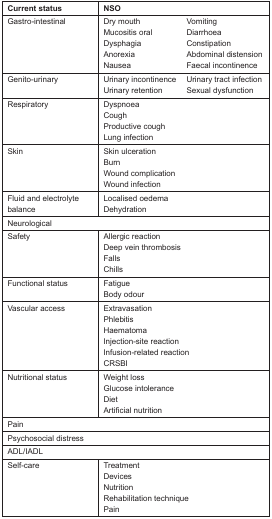
<table><thead><tr><td><b>Current status</b></td><td colspan="2"><b>NSO</b></td></tr></thead><tbody><tr><td rowspan="5">Gastro-intestinal</td><td>Dry mouth</td><td>Vomiting</td></tr><tr><td>Mucositis oral</td><td>Diarrhoea</td></tr><tr><td>Dysphagia</td><td>Constipation</td></tr><tr><td>Anorexia</td><td>Abdominal distension</td></tr><tr><td>Nausea</td><td>Faecal incontinence</td></tr><tr><td rowspan="2">Genito-urinary</td><td>Urinary incontinence</td><td>Urinary tract infection</td></tr><tr><td>Urinary retention</td><td>Sexual dysfunction</td></tr><tr><td rowspan="4">Respiratory</td><td colspan="2">Dyspnoea</td></tr><tr><td colspan="2">Cough</td></tr><tr><td colspan="2">Productive cough</td></tr><tr><td colspan="2">Lung infection</td></tr><tr><td rowspan="4">Skin</td><td colspan="2">Skin ulceration</td></tr><tr><td colspan="2">Burn</td></tr><tr><td colspan="2">Wound complication</td></tr><tr><td colspan="2">Wound infection</td></tr><tr><td>Fluid and electrolyte balance</td><td colspan="2">Localised oedema Dehydration</td></tr><tr><td colspan="3">Neurological</td></tr><tr><td rowspan="4">Safety</td><td colspan="2">Allergic reaction</td></tr><tr><td colspan="2">Deep vein thrombosis</td></tr><tr><td colspan="2">Falls</td></tr><tr><td colspan="2">Chills</td></tr><tr><td rowspan="2">Functional status</td><td colspan="2">Fatigue</td></tr><tr><td colspan="2">Body odour</td></tr><tr><td rowspan="6">Vascular access</td><td colspan="2">Extravasation</td></tr><tr><td colspan="2">Phlebitis</td></tr><tr><td colspan="2">Haematoma</td></tr><tr><td colspan="2">Injection-site reaction</td></tr><tr><td colspan="2">Infusion-related reaction</td></tr><tr><td colspan="2">CRSBI</td></tr><tr><td rowspan="4">Nutritional status</td><td colspan="2">Weight loss</td></tr><tr><td colspan="2">Glucose intolerance</td></tr><tr><td colspan="2">Diet</td></tr><tr><td colspan="2">Artificial nutrition</td></tr><tr><td colspan="3">Pain</td></tr><tr><td colspan="3">Psychosocial distress</td></tr><tr><td colspan="3">ADL/IADL</td></tr><tr><td rowspan="5">Self-care</td><td colspan="2">Treatment</td></tr><tr><td colspan="2">Devices</td></tr><tr><td colspan="2">Nutrition</td></tr><tr><td colspan="2">Rehabilitation technique</td></tr><tr><td colspan="2">Pain</td></tr></tbody></table>